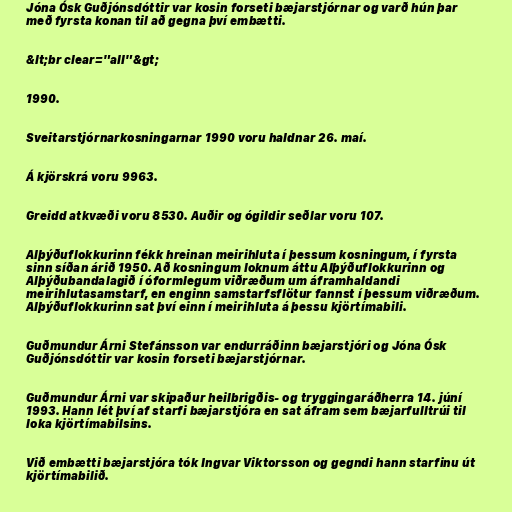
Jóna Ósk Guðjónsdóttir var kosin forseti bæjarstjórnar og varð hún þar
með fyrsta konan til að gegna því embætti.

&lt;br clear="all"&gt;

1990.

Sveitarstjórnarkosningarnar 1990 voru haldnar 26. maí.

Á kjörskrá voru 9963.

Greidd atkvæði voru 8530. Auðir og ógildir seðlar voru 107.

Alþýðuflokkurinn fékk hreinan meirihluta í þessum kosningum, í fyrsta
sinn síðan árið 1950. Að kosningum loknum áttu Alþýðuflokkurinn og
Alþýðubandalagið í óformlegum viðræðum um áframhaldandi
meirihlutasamstarf, en enginn samstarfsflötur fannst í þessum viðræðum.
Alþýðuflokkurinn sat því einn í meirihluta á þessu kjörtímabili.

Guðmundur Árni Stefánsson var endurráðinn bæjarstjóri og Jóna Ósk
Guðjónsdóttir var kosin forseti bæjarstjórnar.

Guðmundur Árni var skipaður heilbrigðis- og tryggingaráðherra 14. júní
1993. Hann lét því af starfi bæjarstjóra en sat áfram sem bæjarfulltrúi til
loka kjörtímabilsins.

Við embætti bæjarstjóra tók Ingvar Viktorsson og gegndi hann starfinu út
kjörtímabilið.